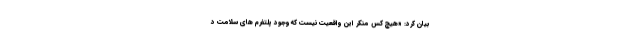
بیان کرد: «هیچ کس منکر این واقعیت نیست که وجود پلتفرم های سلامت د